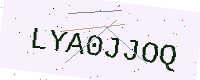
Text: LYA0JJOQ